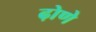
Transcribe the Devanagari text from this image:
ढ़ोणे